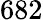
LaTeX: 682